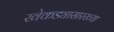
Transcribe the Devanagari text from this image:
खेकड्यासारख्या